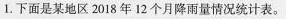
1.下面是某地区2018年12个月降雨量情况统计表。